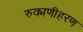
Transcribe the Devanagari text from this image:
रुक्मणीहरण